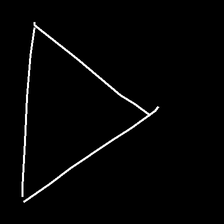
Glyph: convergence